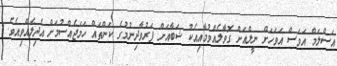
އަސްލަމް އަވަސް އަވަހަށް ނީލްއަށް ގޮވާލެއްވުމާއިއެކު ޝަބާއަށް ފަރުވާދިނުމުގެ ކަންތައް ހަމަޖެއްސުމަށް އެދިލެއްވިއެވެ.